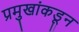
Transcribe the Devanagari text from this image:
प्रमुखांकडून